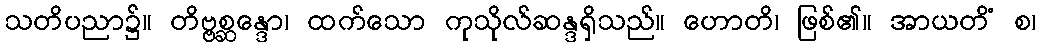
သတိပညာ၌။ တိဗ္ဗစ္ဆန္ဒော၊ ထက်သော ကုသိုလ်ဆန္ဒရှိသည်။ ဟောတိ၊ ဖြစ်၏။ အာယတိံ စ၊